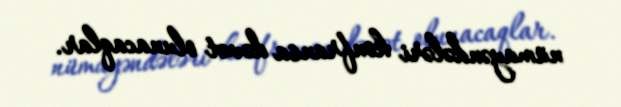
nümayəndələri konfransa dəvət olunacaqlar.